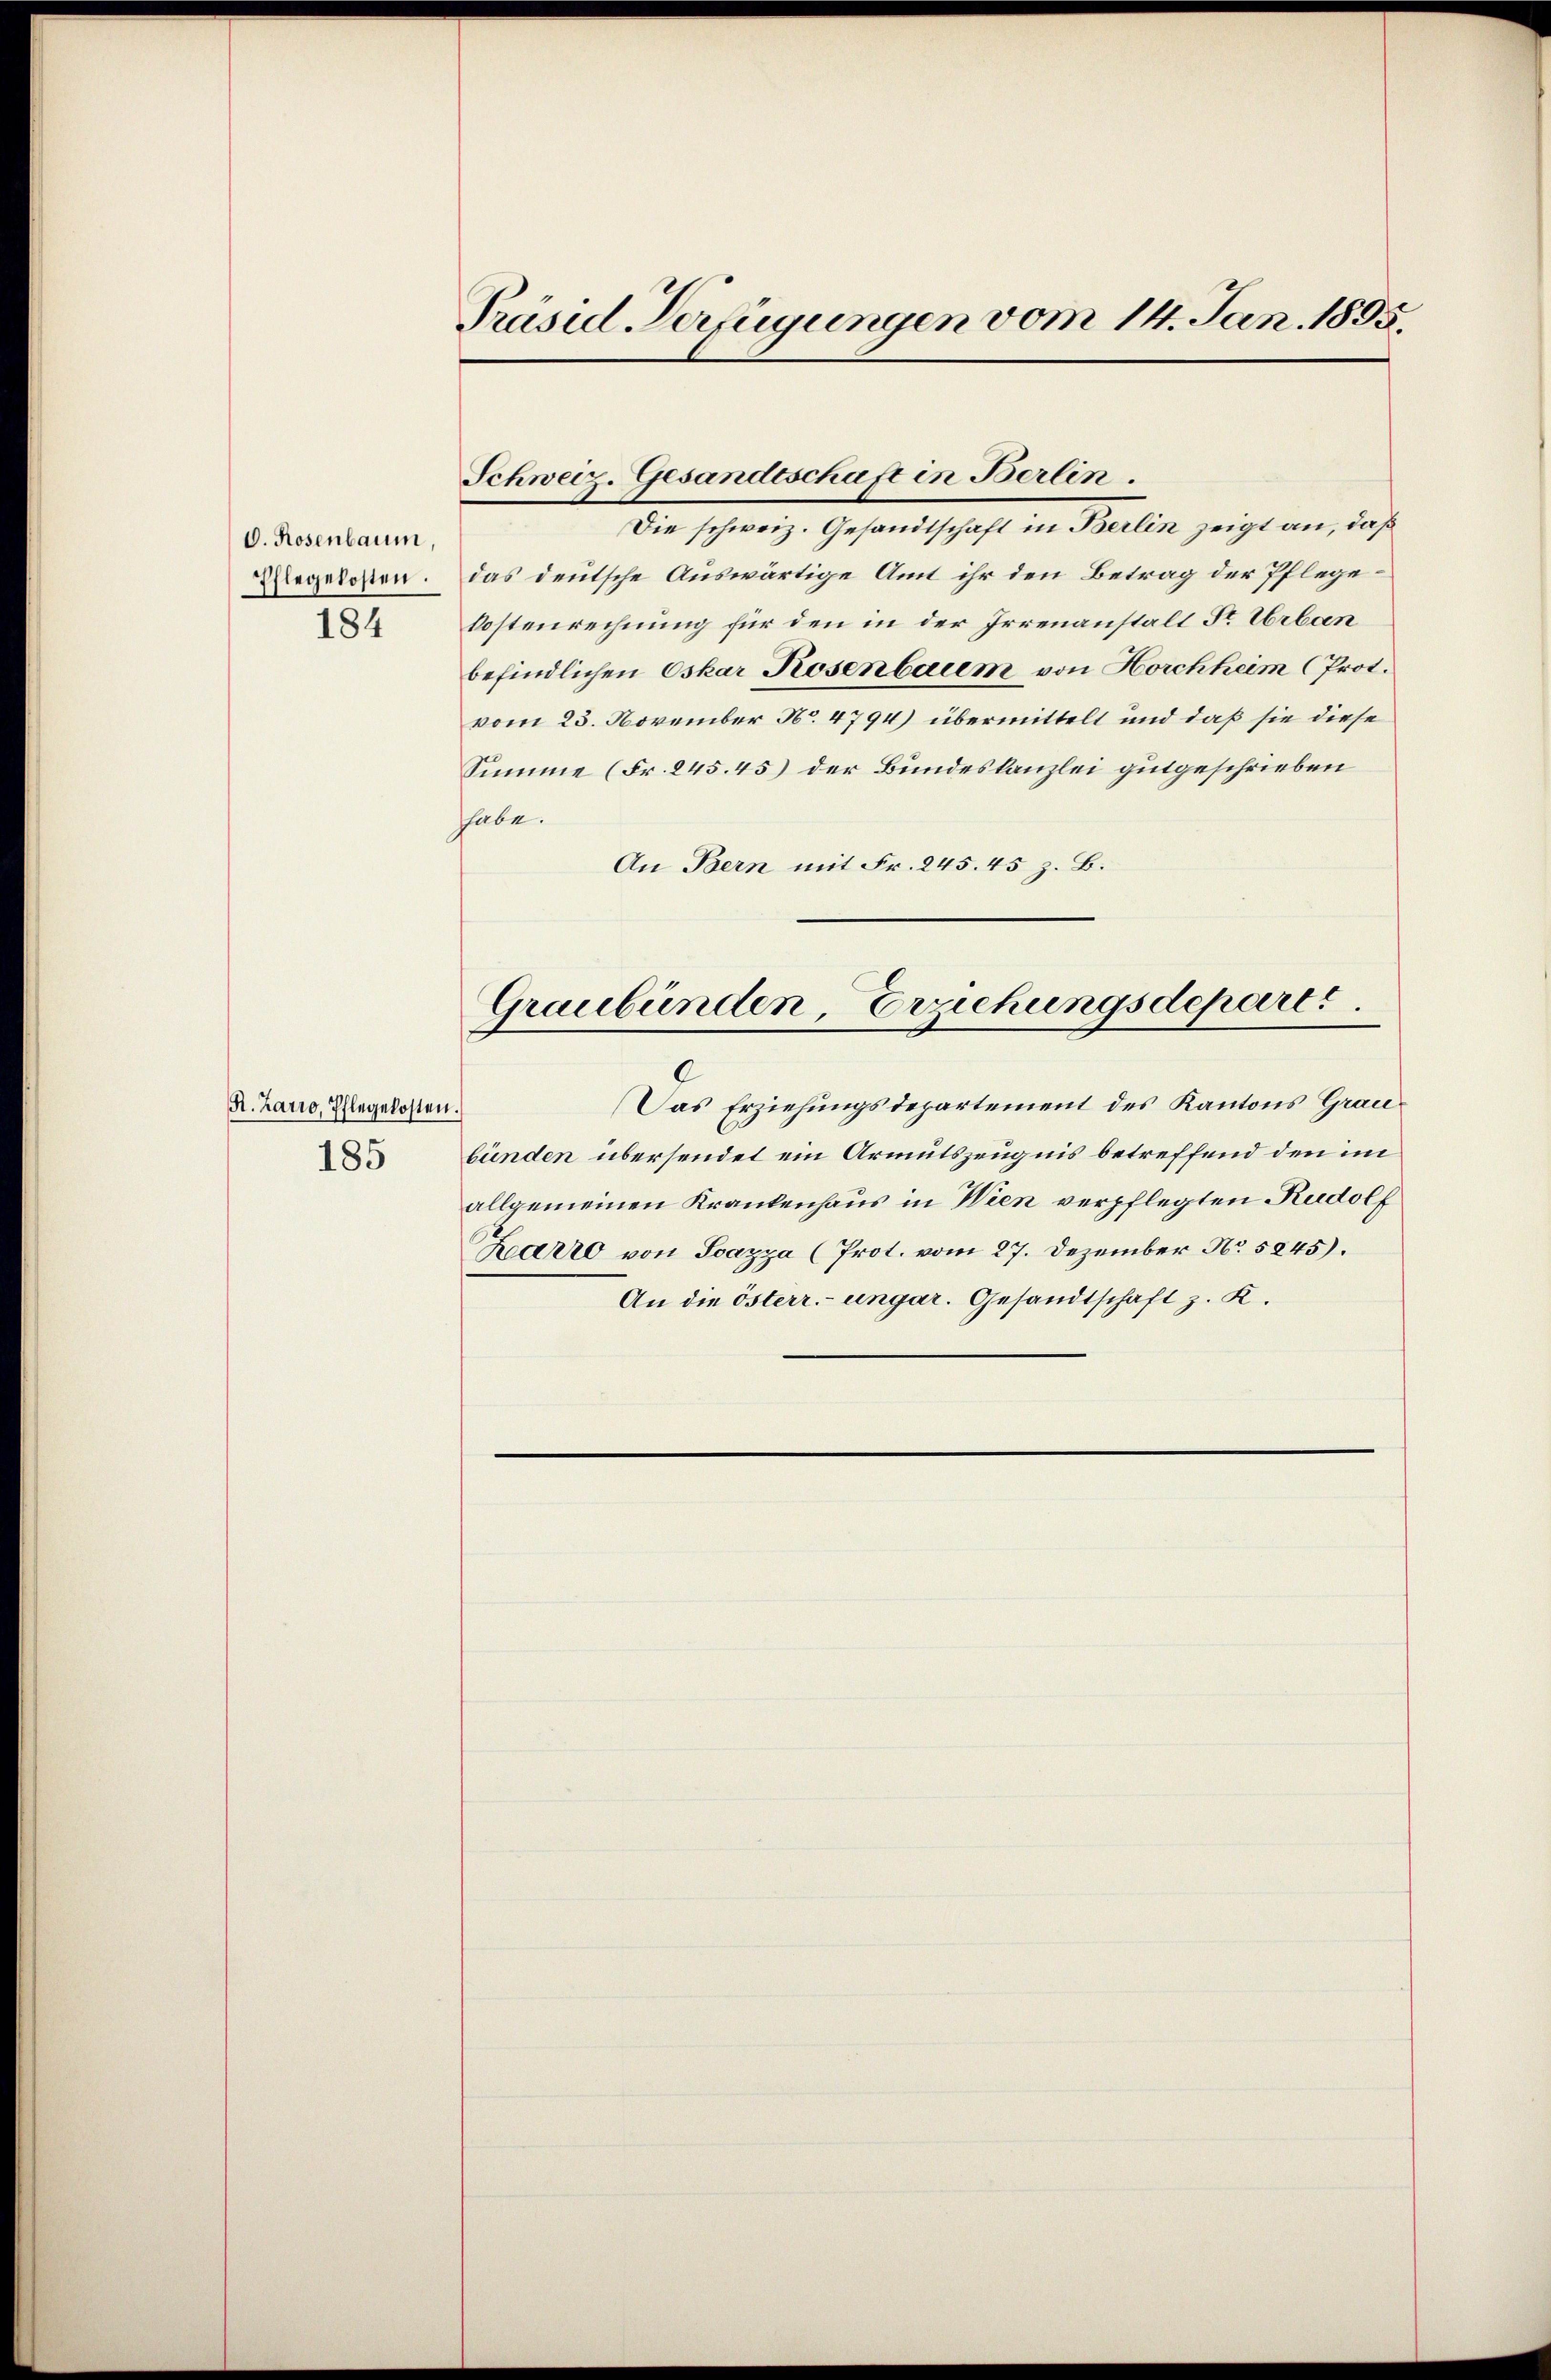
O. Rosenbaum,
184

R. Zarro, Pflegekosten.
185

Präsul-Verfügungen vom 14. Jan. 1895.

Schweiz. Gesandtschaft in Berlin.
Die schweiz. Gesandtschaft in Berlin zeigt an, daß
Regelosen. Das deutsche Auswärtige Amt ihr den Betrag der Pflege¬
Postenrechnung für den in der Irrenanstalt Fr. Urban
befindlichen Oskar Rosenbaum von Horchheim (Prot.
vom 23. November No. 4794) übermittelt und daß sie diese
Summe (Fr. 245. 45) der Bundeskanzlei gutgeschrieben
hhabe.
An Bern mit Fr. 245. 45 z. B.
Graubünden, Erziehungsdeparts.
Das Erziehungsdepartement des Kantons Graubünden übersendet ein Armutszeugnis betreffend den im
allgemeinen Krankenhaus in Wien verpflegten Rudolf
Karro von Ioazza (Prot. vom 27. Dezember No. 5845).
An die österr.-ungar. Gesandtschaft z. K.